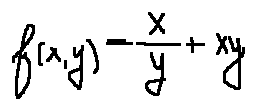
f ( x , y ) = \frac { x } { y } + x y